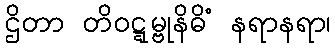
ဌိတာ တိဝဋ္ဋမ္ဗုနိဓိံ နရာနရာ၊